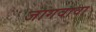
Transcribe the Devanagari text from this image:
जागवावा